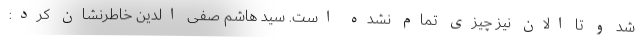
شد و تا الان نیز چیزی تمام نشده است. سید هاشم صفی الدین خاطرنشان کرد: